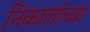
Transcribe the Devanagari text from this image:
निकालांच्या